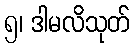
၅၊ ဒါမလိသုတ်